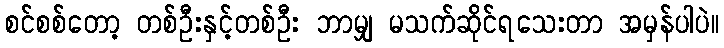
စင်စစ်တော့ တစ်ဦးနှင့်တစ်ဦး ဘာမျှ မသက်ဆိုင်ရသေးတာ အမှန်ပါပဲ။